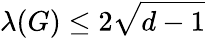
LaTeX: \lambda(G)\leq 2{\sqrt{d-1}}